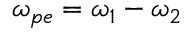
\omega _ { p e } = \omega _ { 1 } - \omega _ { 2 }